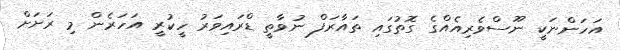
އަހަންނަކީ ނޫސްވެރިއެއްގެ ގޮތުގައި ތައާރަފް ނުވާތީ ޑްރައިވަރު ހީކުރީ އަހަރެން މި ރަށަށް